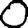
Digit: 0